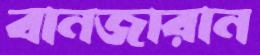
বানজারান